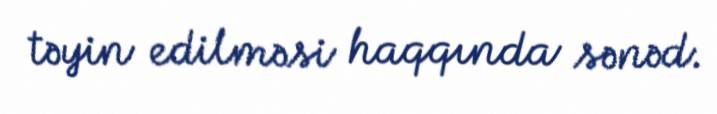
təyin edilməsi haqqında sənəd.